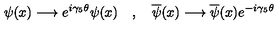
\psi ( x ) \longrightarrow e ^ { i \gamma _ { 5 } \theta } \psi ( x ) \quad , \quad \overline { { \psi } } ( x ) \longrightarrow \overline { { \psi } } ( x ) e ^ { - i \gamma _ { 5 } \theta }